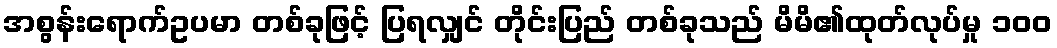
အစွန်းရောက်ဥပမာ တစ်ခုဖြင့် ပြရလျှင် တိုင်းပြည် တစ်ခုသည် မိမိ၏ထုတ်လုပ်မှု ၁၀၀